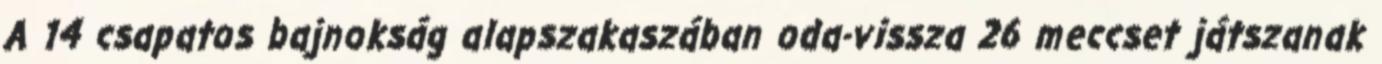
A 14 csapatos bajnokság alapszakaszában oda-vissza 26 meccset játszanak